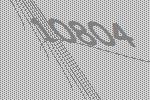
10804